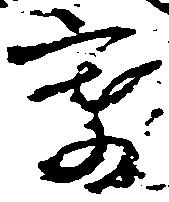
寄